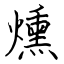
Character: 燻